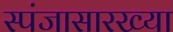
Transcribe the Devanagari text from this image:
स्पंजासारख्या